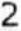
2